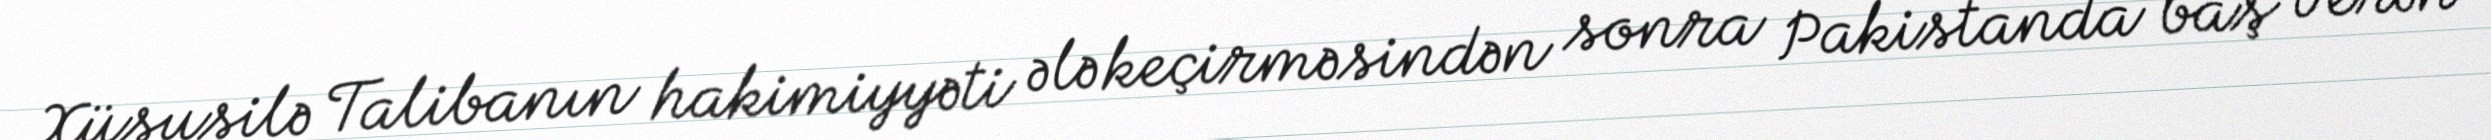
Xüsusilə Talibanın hakimiyyəti ələ keçirməsindən sonra Pakistanda baş verən